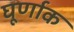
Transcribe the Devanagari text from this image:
घूर्णाक